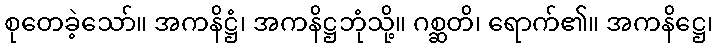
စုတေခဲ့သော်။ အကနိဋ္ဌံ၊ အကနိဋ္ဌဘုံသို့။ ဂစ္ဆတိ၊ ရောက်၏။ အကနိဋ္ဌေ၊